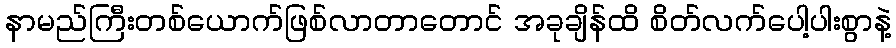
နာမည်ကြီးတစ်ယောက်ဖြစ်လာတာတောင် အခုချိန်ထိ စိတ်လက်ပေါ့ပါးစွာနဲ့